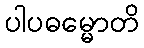
ပါပဓမ္မောတိ